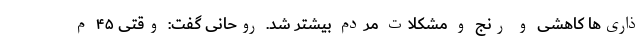
ذاری‌ها کاهشی و رنج و مشکلات مردم بیشتر شد. روحانی گفت: وقتی ۴۵ م